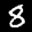
Label: 8